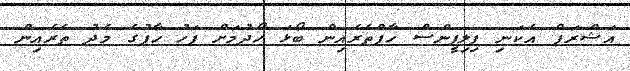
އަޝްރަފް އެކަނި ފިލިޕީންސް ހާފްތެރެއިން ބޯޅަ ހޯދުމަށް ފަހު ހާފުގެ މެދު ތެރެއިން